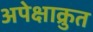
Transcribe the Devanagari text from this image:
अपेक्षाक्रुत